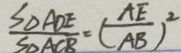
\frac { S _ { \Delta } A D E } { S _ { \Delta A C B } } = ( \frac { A E } { A B } ) ^ { 2 }